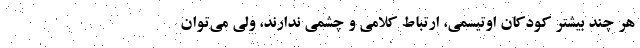
هر چند بیشتر کودکان اوتیسمی، ارتباط کلامی و چشمی ندارند، ولی می‌توان